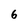
Character: 6